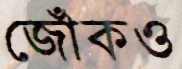
জোঁকও